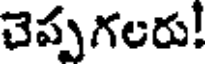
చెప్పగలరు!